Leningradi_Edasi_toimetus, lk 95
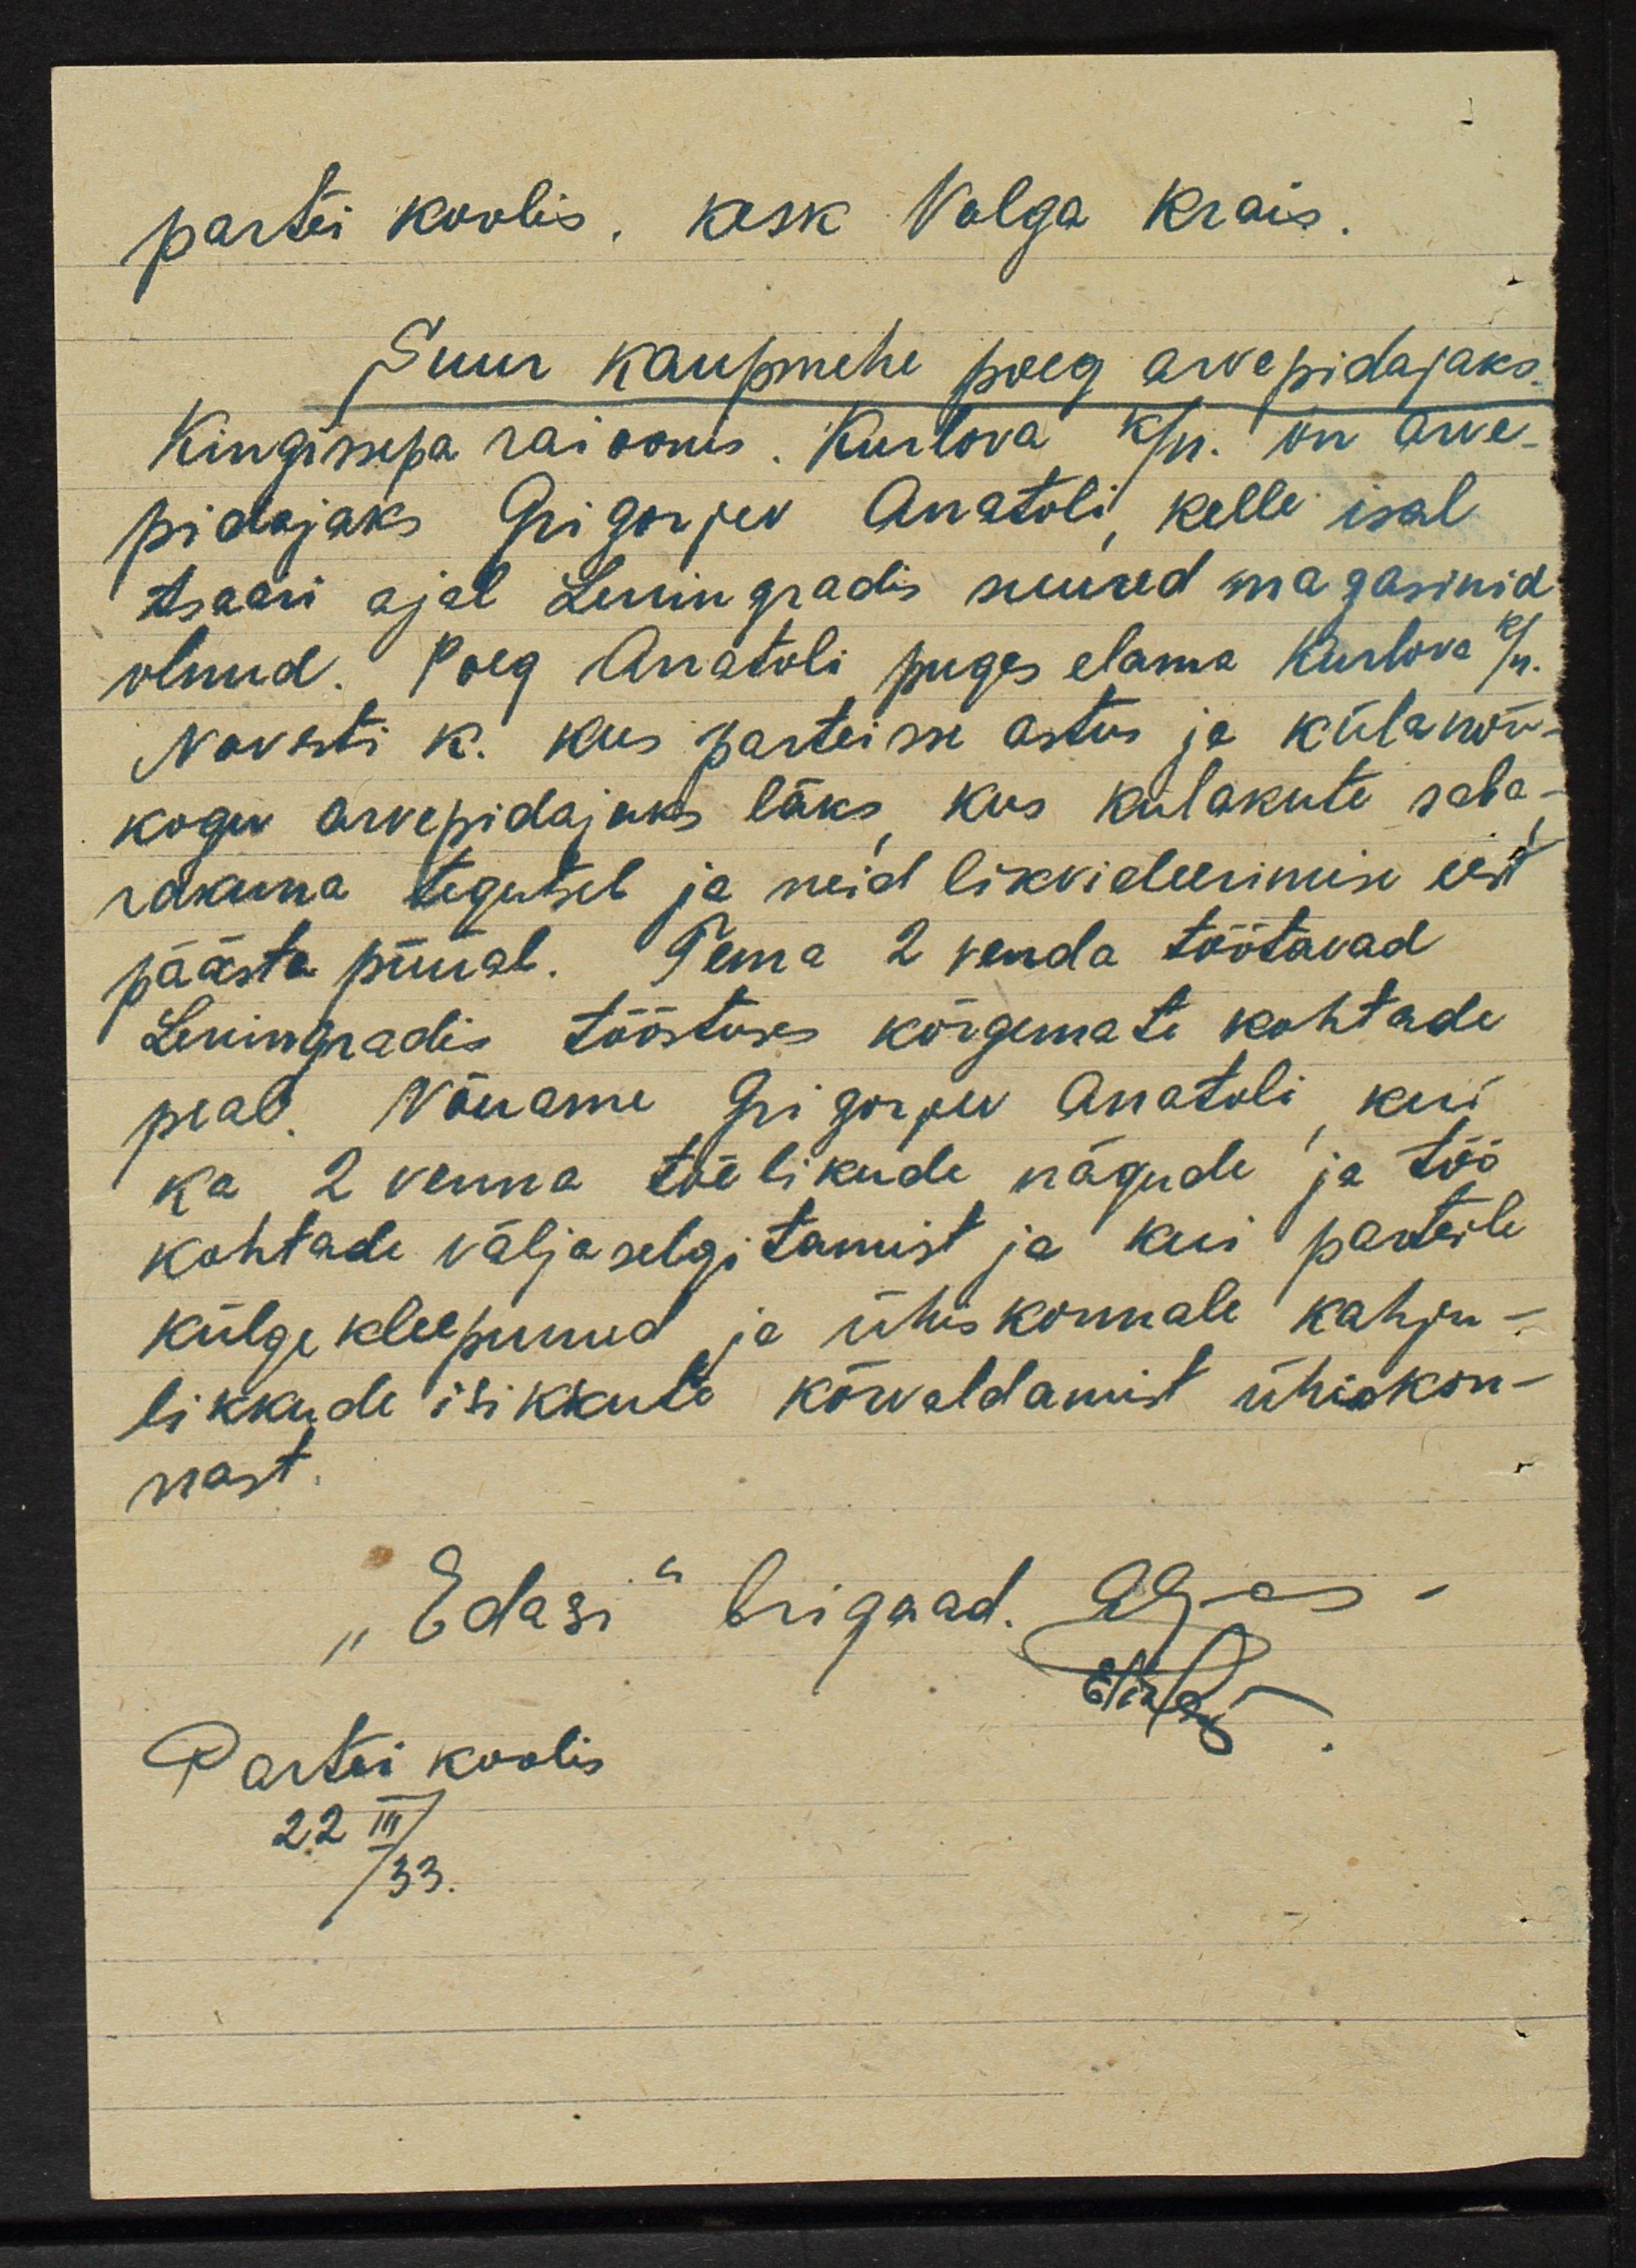
partei koolis, kesk Volga krais.
Suur kaupmehe poeg arvepidajaks.
Kingissepa raioonis. Kurlova k/n on arve-
pidajaks Grigorjev Anatoli, kelle isal
tsaari ajal Leningradis suured magasinid
olnud. Poeg Anatoli puges elama Kurlova k/n.
Navesti k. kus parteisse astus ja külanõu-
kogu arvepidajaks läks kus kulakute saba-
rakuna tegutseb ja neid likvideerimise eest
päästa püüab. Tema 2 venda töötavad
Leningradis tööstuses kõrgemate kohtade
pea. Nõuame Grigorjev Antoli kui
ka 2 venna tõelikude nägude ja töö
kohtade välja selgitamist ja kui parteile
külge kleepunud ja ühiskonnale kahju-
likkude isikkute kõrvaldamist ühiskon-
nast.
"Edasi" brigaad. 29
Elisld
Partei koolis
22 III/ 33.